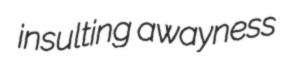
insulting awayness